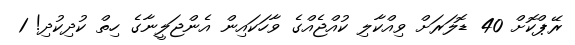
ރޭޕްކޮށް 40 ޑޮލަރަށް ވިއްކާލި ކުއްޖެއްގެ ވާހަކައިން އެންޖަލީނާގެ ހިތް ކުދިކުދި! 1